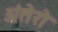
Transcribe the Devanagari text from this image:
अंतेरो